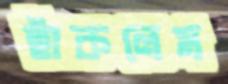
হাঁকলেম